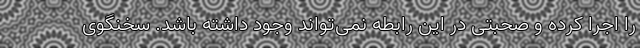
را اجرا کرده و صحبتی در این رابطه نمی‌تواند وجود داشته باشد. سخنگوی